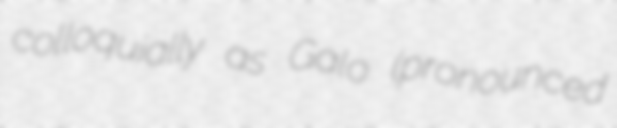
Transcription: colloquially as Galo (pronounced